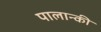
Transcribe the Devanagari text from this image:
पालान्की